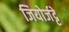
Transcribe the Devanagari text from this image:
जियोर्जट्टे